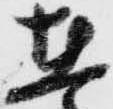
在